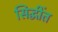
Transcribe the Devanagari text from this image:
सिद्धींत